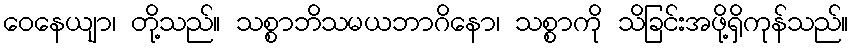
ဝေနေယျာ၊ တို့သည်။ သစ္စာဘိသမယဘာဂိနော၊ သစ္စာကို သိခြင်းအဖို့ရှိကုန်သည်။